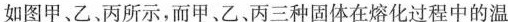
如图甲、乙、丙所示，而甲、乙、丙三种固体在熔化过程中的温